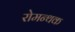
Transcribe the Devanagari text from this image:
रोमन्थक